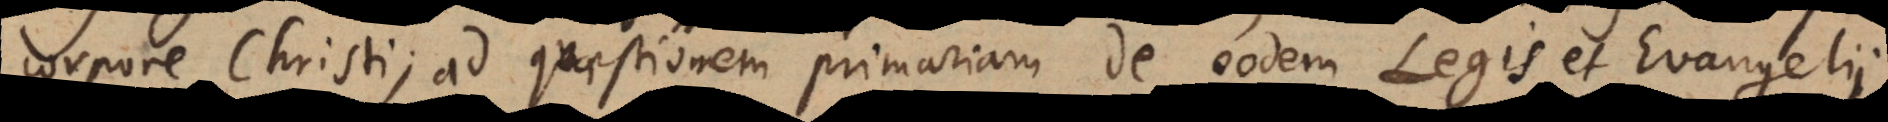
corpore Christi; ad quaestionem primariam de eodem Legis et Evangelii